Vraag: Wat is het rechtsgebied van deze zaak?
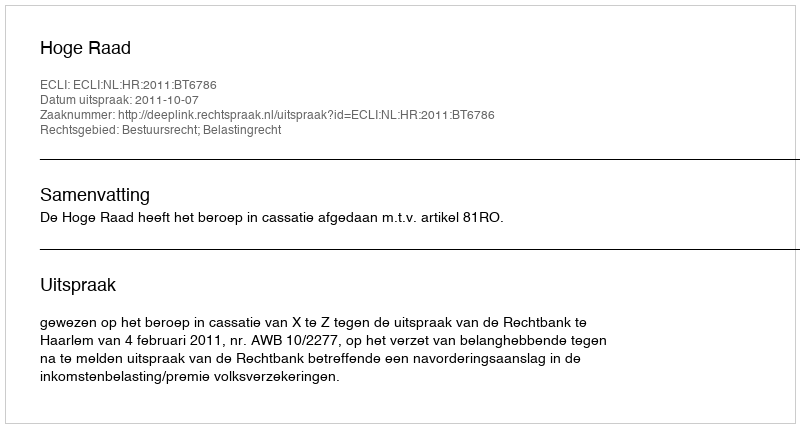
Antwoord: Bestuursrecht; Belastingrecht